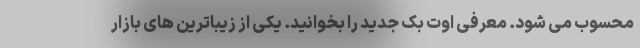
محسوب می شود. معرفی اوت بک جدید را بخوانید. یکی از زیباترین های بازار